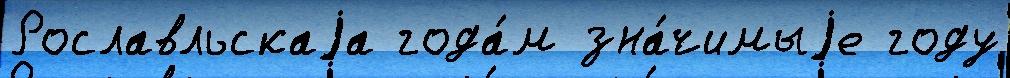
Рославльскаjа года́м зна́чимыjе году